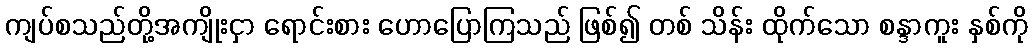
ကျပ်စသည်တို့အကျိုးငှာ ရောင်းစား ဟောပြောကြသည် ဖြစ်၍ တစ် သိန်း ထိုက်သော စန္ဒာကူး နှစ်ကို